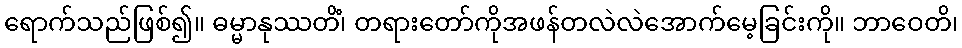
ရောက်သည်ဖြစ်၍။ ဓမ္မာနုဿတိံ၊ တရားတော်ကိုအဖန်တလဲလဲအောက်မေ့ခြင်းကို။ ဘာဝေတိ၊